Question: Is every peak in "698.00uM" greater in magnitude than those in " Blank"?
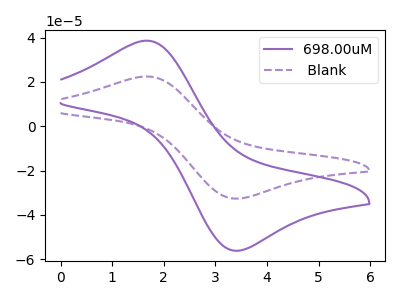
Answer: <think>The purple curve "698.00uM" has an anodic peak at (1.65V, 38.60uA) and a cathodic peak at (3.45V, -56.15uA). The purple dashed curve " Blank" has an anodic peak at (1.65V, 22.45uA) and a cathodic peak at (3.45V, -32.65uA).</think>
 <answer>Every peak in "698.00uM" is higher than every peak in " Blank".</answer>
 <eval>higher</eval>